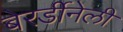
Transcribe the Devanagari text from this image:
बेरर्डीनेली